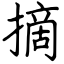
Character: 摘